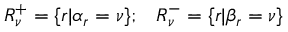
R _ { \nu } ^ { + } = \{ r | \alpha _ { r } = \nu \} ; \; \; \; R _ { \nu } ^ { - } = \{ r | \beta _ { r } = \nu \}